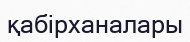
қабірханалары